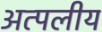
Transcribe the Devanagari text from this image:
अत्पलीय